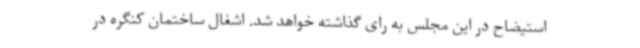
استیضاح در این مجلس به رای گذاشته خواهد شد. اشغال ساختمان کنگره در